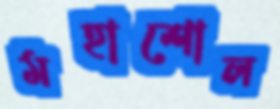
মহাশোল